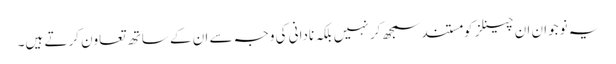
یہ نوجوان ان چینلز کومستند سمجھ کر نہیں بلکہ نادانی کی وجہ سے ان کے ساتھ تعاون کرتے ہیں۔